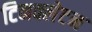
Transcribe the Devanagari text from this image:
टिनक्लेटन